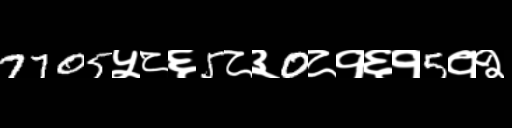
Text: 7705५८६5८३0८१६१5१२